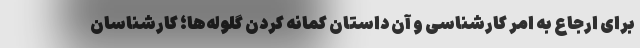
برای ارجاع به امر کارشناسی و آن داستان کمانه کردن گلوله‌ها؛ کارشناسان